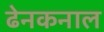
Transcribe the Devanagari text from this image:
ढेनकनाल